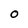
Character: O